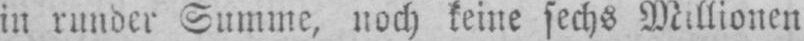
in runder Summe, noch keine sechs Millionen